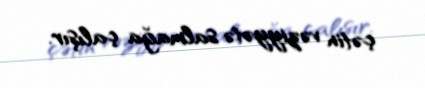
çətin vəziyyətə salmağa çalışır.